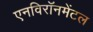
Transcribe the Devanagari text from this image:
एनविरॉनमेंटल